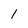
Character: 1